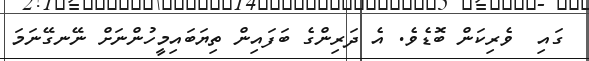
ގައި  ވެރިކަން ބޮޑެވެ. އެ ދަރިންގެ ބަފައިން ތިޔަބައިމީހުންނަށް ނޭނގޭނަމަ